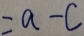
= a - c